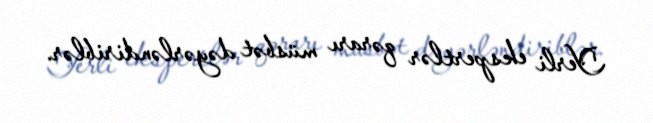
Yerli ekspertlər qərarı müsbət dəyərləndiriblər.